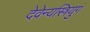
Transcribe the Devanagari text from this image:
देवेन्यस्त्रियुगं